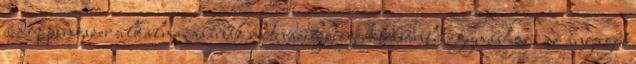
a doppingszer alkalmazásának motivációja igen hasonlít egymáshoz: az anyagot